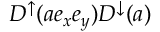
D ^ { \uparrow } ( a e _ { x } e _ { y } ) D ^ { \downarrow } ( a )